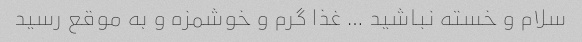
سلام و خسته نباشید … غذا گرم و خوشمزه و به موقع رسید